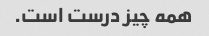
همه چیز درست است.